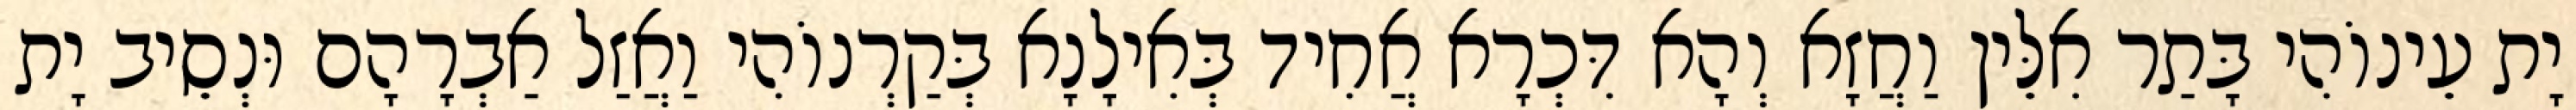
יָת עֵינוֹהִי בָּתַר אִלֵּין וַחֲזָא וְהָא דִּכְרָא אֲחִיד בְּאִילָנָא בְּקַרְנוֹהִי וַאֲזַל אַבְרָהָם וּנְסֵיב יָת